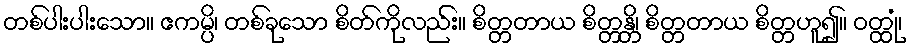
တစ်ပါးပါးသော။ ဧကမ္ပိ၊ တစ်ခုသော စိတ်ကိုလည်း။ စိတ္တတာယ စိတ္တန္တိ၊ စိတ္တတာယ စိတ္တဟူ၍။ ဝတ္ထုံ၊